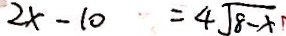
2 x - 1 0 = 4 \sqrt { 8 - x }